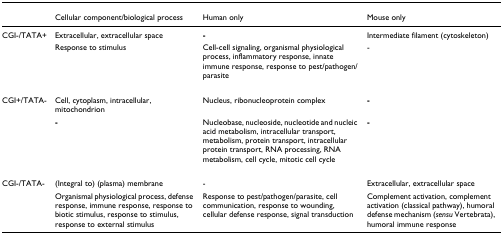
<table><thead><tr><td></td><td><b>Cellular component/biological process</b></td><td><b>Human only</b></td><td><b>Mouse only</b></td></tr></thead><tbody><tr><td>CGI-/TATA+</td><td>Extracellular, extracellular space</td><td><b>-</b></td><td>Intermediate filament (cytoskeleton)</td></tr><tr><td></td><td>Response to stimulus</td><td>Cell-cell signaling, organismal physiological process, inflammatory response, innate immune response, response to pest/pathogen/parasite</td><td>-</td></tr><tr><td>CGI+/TATA-</td><td>Cell, cytoplasm, intracellular, mitochondrion</td><td>Nucleus, ribonucleoprotein complex</td><td><b>-</b></td></tr><tr><td></td><td><b>-</b></td><td>Nucleobase, nucleoside, nucleotide and nucleic acid metabolism, intracellular transport, metabolism, protein transport, intracellular protein transport, RNA processing, RNA metabolism, cell cycle, mitotic cell cycle</td><td><b>-</b></td></tr><tr><td>CGI-/TATA-</td><td>(Integral to) (plasma) membrane</td><td>-</td><td>Extracellular, extracellular space</td></tr><tr><td></td><td>Organismal physiological process, defense response, immune response, response to biotic stimulus, response to stimulus, response to external stimulus</td><td>Response to pest/pathogen/parasite, cell communication, response to wounding, cellular defense response, signal transduction</td><td>Complement activation, complement activation (classical pathway), humoral defense mechanism (<i>sensu </i>Vertebrata), humoral immune response</td></tr></tbody></table>